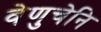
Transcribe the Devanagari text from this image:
वेणुचेनि